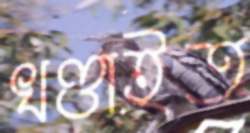
খণ্ডাইত